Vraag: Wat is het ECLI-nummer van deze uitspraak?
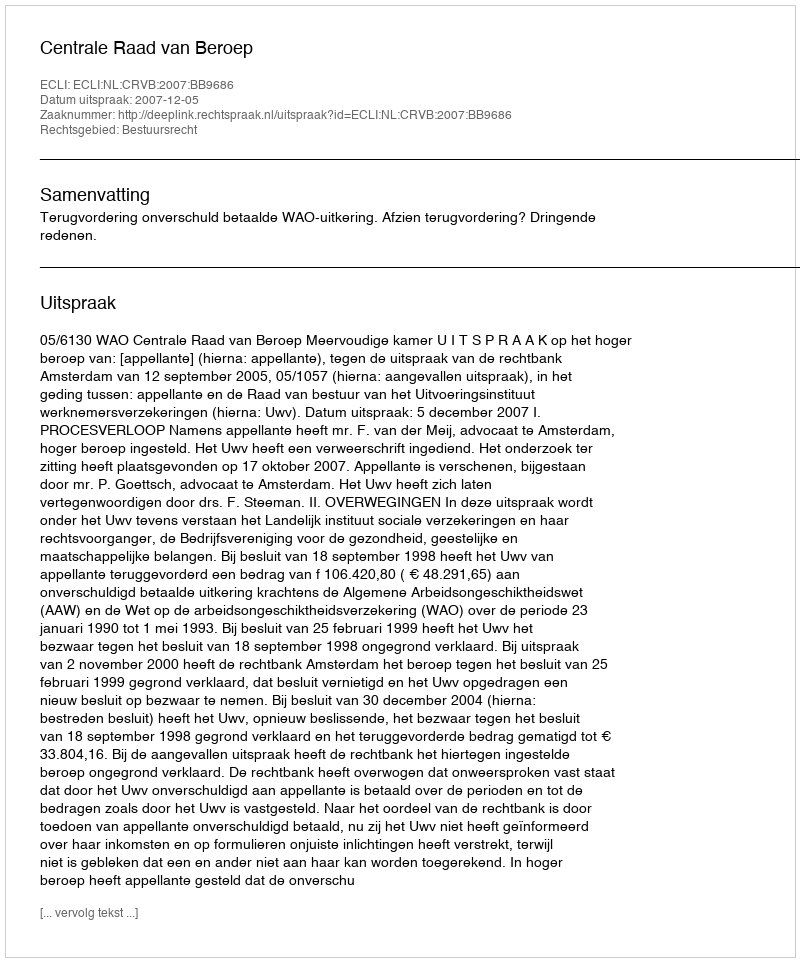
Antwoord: ECLI:NL:CRVB:2007:BB9686